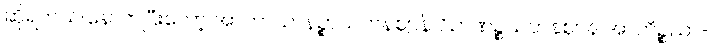
ဆိုရတယ်။နောက်ပြီးတော့ အာကာသာနဉ္စာယတနဈာန် ဝိဉာဏဉ္စယတနဈာန် အာကိဉ္စညာ-